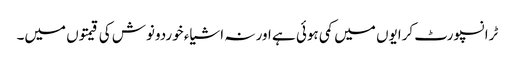
ٹرانسپورٹ کرایوں میں کمی ہوئی ہے اور نہ اشیاء خوردونوش کی قیمتوں میں۔